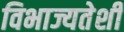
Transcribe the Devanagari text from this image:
विभाज्यतेशी